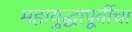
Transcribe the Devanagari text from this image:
महायुद्धापूर्वीचा